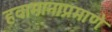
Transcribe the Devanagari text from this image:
हवामानाप्रमाणे